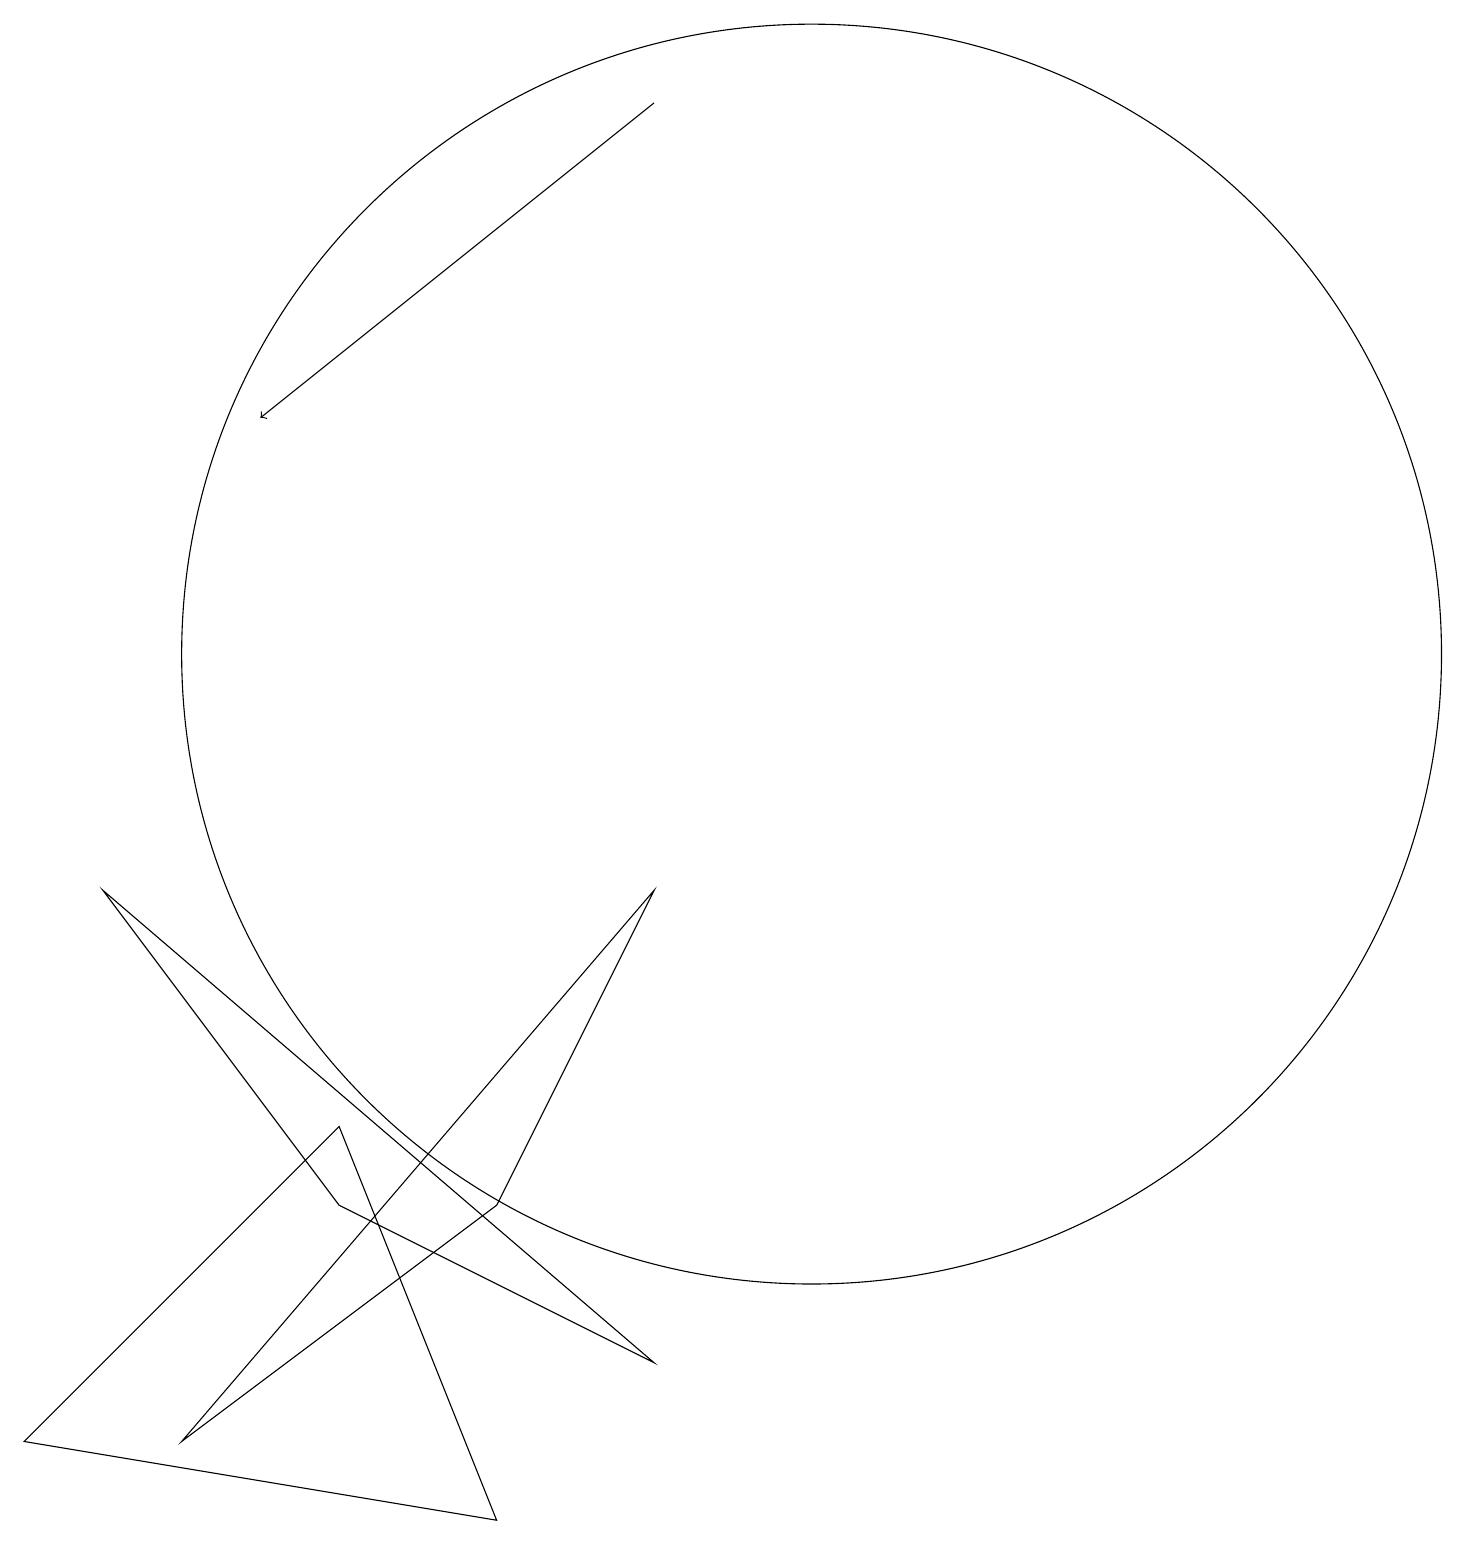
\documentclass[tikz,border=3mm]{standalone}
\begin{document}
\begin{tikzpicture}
\draw (3,1) -- (9,8) -- (7,4) -- cycle;
\draw (5,4) -- (9,2) -- (2,8) -- cycle;
\draw[->] (9,18) -- (4,14);
\draw (11,11) circle (8);
\draw (11,11) circle (0);
\draw (1,1) -- (5,5) -- (7,0) -- cycle;
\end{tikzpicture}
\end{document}